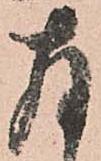
存